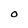
Character: O